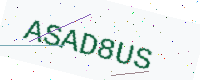
Text: ASAD8US